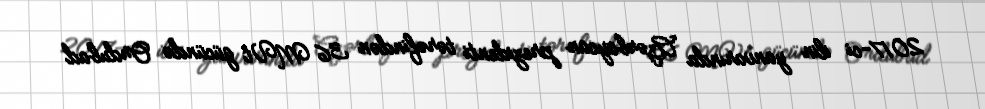
2017-ci ilin yanvarında Azərbaycan prezidenti tərəfindən 36 MVt gücündə Ordubad